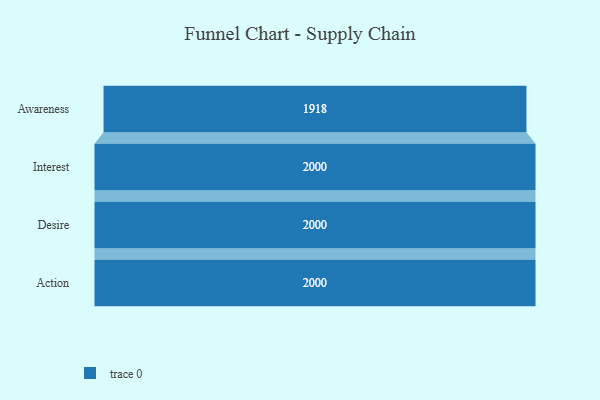
{"axis": {"x": "Stage", "y": "Value"}, "legend": [""], "data": [{"x": "Awareness", "y": 1918.0, "type": ""}, {"x": "Interest", "y": 2000, "type": ""}, {"x": "Desire", "y": 2000, "type": ""}, {"x": "Action", "y": 2000, "type": ""}]}